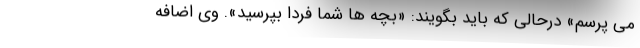
می پرسم» درحالی که باید بگویند: «بچه ها شما فردا بپرسید». وی اضافه